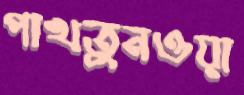
পাখতুনওয়া